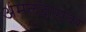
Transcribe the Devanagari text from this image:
अंमलदारावर